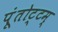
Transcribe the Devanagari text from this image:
पूंतोट्टम्